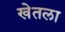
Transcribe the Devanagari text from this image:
खेतला